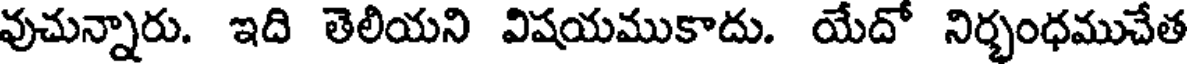
వుచున్నారు. ఇది తెలియని విషయముకాదు. యేదో నిర్భంధముచేత